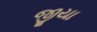
જીયા